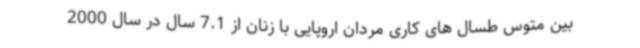
بین متوس طسال های کاری مردان اروپایی با زنان از 7.1 سال در سال 2000